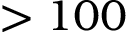
> 1 0 0